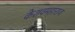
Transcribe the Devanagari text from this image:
केशवमहाराज